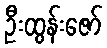
ဦးထွန်းဇော်